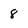
Character: 8